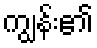
ကျွန်း၏